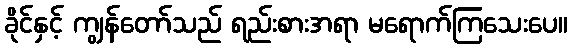
ခိုင်နှင့် ကျွန်တော်သည် ရည်းစားအရာ မရောက်ကြသေးပေ။